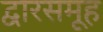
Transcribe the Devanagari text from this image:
द्वारसमूह